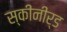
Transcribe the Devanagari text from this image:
स्कीनीर्ड